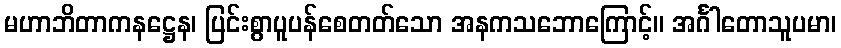
မဟာဘိတာကနဋ္ဌေန၊ ပြင်းစွာပူပန်စေတတ်သော အနကသဘောကြောင့်။ အင်္ဂါတောသူပမာ၊